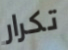
تكرار